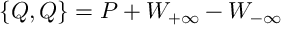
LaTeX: \{ Q , Q \} = P + W _ { + \infty } - W _ { - \infty }